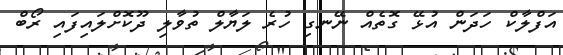
އަފްލާކް ހަދަން އުޅޭ ގޮތެއް ނޭނގި ހުރެ ލަޔާލް ތުވާލި ދޫކޮށްލައިފައި ރޯބް